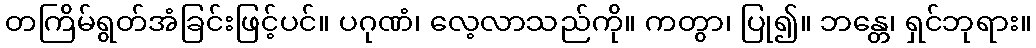
တကြိမ်ရွတ်အံခြင်းဖြင့်ပင်။ ပဂုဏံ၊ လေ့လာသည်ကို။ ကတွာ၊ ပြု၍။ ဘန္တေ၊ ရှင်ဘုရား။